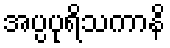
အပ္ပပုရိသကာနိ